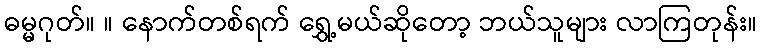
ဓမ္မဂုတ်။ ။ နောက်တစ်ရက် ရွှေ့မယ်ဆိုတော့ ဘယ်သူများ လာကြတုန်း။